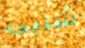
شنيعة